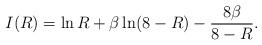
LaTeX: \begin{align*}I(R) = \ln R + \beta \ln (8 - R) - \frac{8 \beta}{8 - R}.\end{align*}